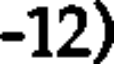
-12)